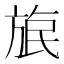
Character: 𣃹